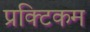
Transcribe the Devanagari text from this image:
प्रक्टिकम